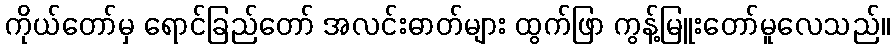
ကိုယ်တော်မှ ရောင်ခြည်တော် အလင်းဓာတ်များ ထွက်ဖြာ ကွန့်မြူးတော်မူလေသည်။